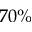
7 0 \%